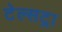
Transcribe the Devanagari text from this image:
टेल्‍सट्रा